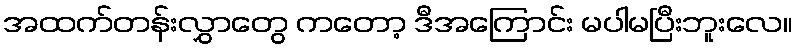
အထက်တန်းလွှာတွေ ကတော့ ဒီအကြောင်း မပါမပြီးဘူးလေ။